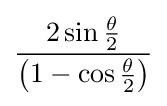
{\frac {2\sin {\frac {\theta }{2}}}{\left(1-\cos {\frac {\theta }{2}}\right)}}